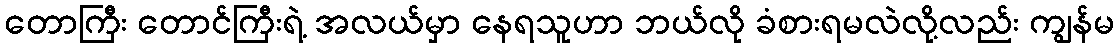
တောကြီး တောင်ကြီးရဲ့ အလယ်မှာ နေရသူဟာ ဘယ်လို ခံစားရမလဲလို့လည်း ကျွန်မ